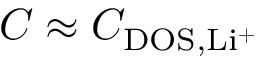
C \approx C _ { \mathrm { D O S } , \mathrm { L i ^ { + } } }